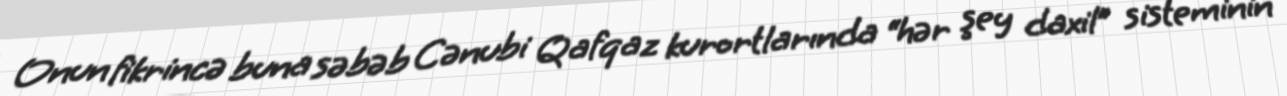
Onun fikrincə buna səbəb Cənubi Qafqaz kurortlarında “hər şey daxil” sisteminin